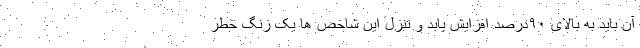
آن باید به بالای ۹۰درصد افزایش یابد و تنزل این شاخص ها یک زنگ خطر